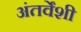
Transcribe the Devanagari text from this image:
अंतर्वेंशी